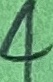
Text: 4